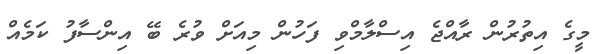
މީގެ އިތުރުން ރާއްޖެ އިސްލާމްވި ފަހުން މިއަށް ވުރެ ބޭ އިންސާފު ކަމެއް